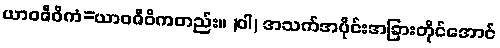
ယာဝဇီဝိကံ=ယာဝဇီဝိကတည်း။ (ဝါ) အသက်အပိုင်းအခြားတိုင်အောင်